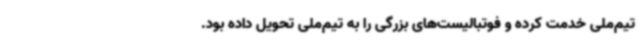
تیم‌ملی خدمت کرده و فوتبالیست‌های بزرگی را به تیم‌ملی تحویل داده بود.